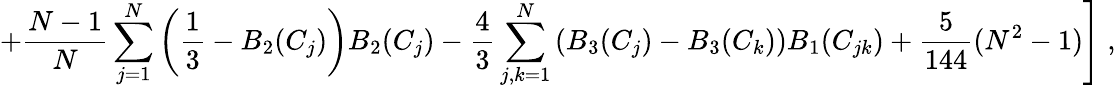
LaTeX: \left.+{\frac{N-1}{N}}\sum_{j=1}^{N}\left(\frac{1}{3}-B_{2}(C_{j})\right)B_{2}(C_{j})-{\frac{4}{3}}\sum_{j,k=1}^{N}\left(B_{3}(C_{j})-B_{3}(C_{k})\right)B_{1}(C_{jk})+{\frac{5}{144}}(N^{2}-1)\right]\; ,